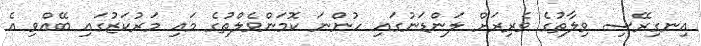
އިނގިރޭސި ވިލާތުގެ ވެރިރަށް ލަންޑަނުގައި ހުންނަ ކޮމަންވެލްތުގެ މައި މަރުކަޒުގައި ބޭއްވި އެ